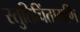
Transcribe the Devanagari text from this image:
स्तुतिचिंतामणि